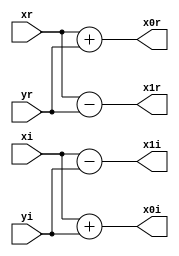
//Module for 4x4 Butterfly Structure
module bfly4_4(xr,xi,yr,yi,x0r,x0i,x1r,x1i); 
  input signed [15:0]xr,xi,yr,yi;
  output signed [15:0]x0r,x0i,x1r,x1i;
  assign x0r=xr+yr;
  assign x0i=xi+yi;
  assign x1r=xr-yr;
  assign x1i=xi-yi;
endmodule